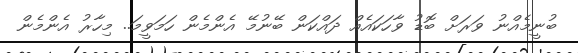
ބުނީމެއްނު ވަރަށް ބޮޑު ވާހަކައެއް ދައްކަން ބޭނުމޭ އެންމެން ހަމަވީމަ.. މިހާރު އެންމެން